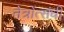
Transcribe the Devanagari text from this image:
नेत्रोंत्संधी